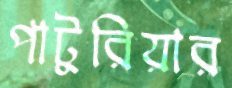
পাটুরিয়ার